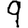
Digit: 9